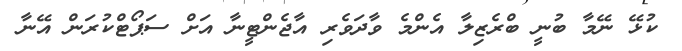
ކުޅޭ ނޭމާ ބުނީ ބްރެޒިލާ އެންމެ ވާދަވެރި އާޖެންޓީނާ އަށް ސަޕޯޓްކުރަން އޭނާ